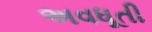
અવધૂતી